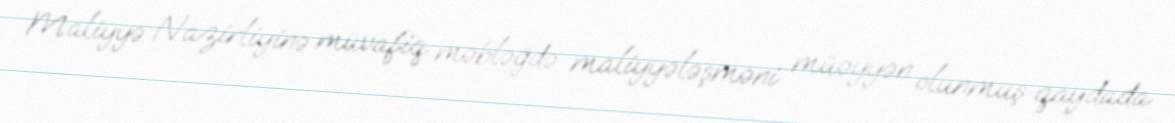
Maliyyə Nazirliyinə müvafiq məbləğdə maliyyələşməni müəyyən olunmuş qaydada